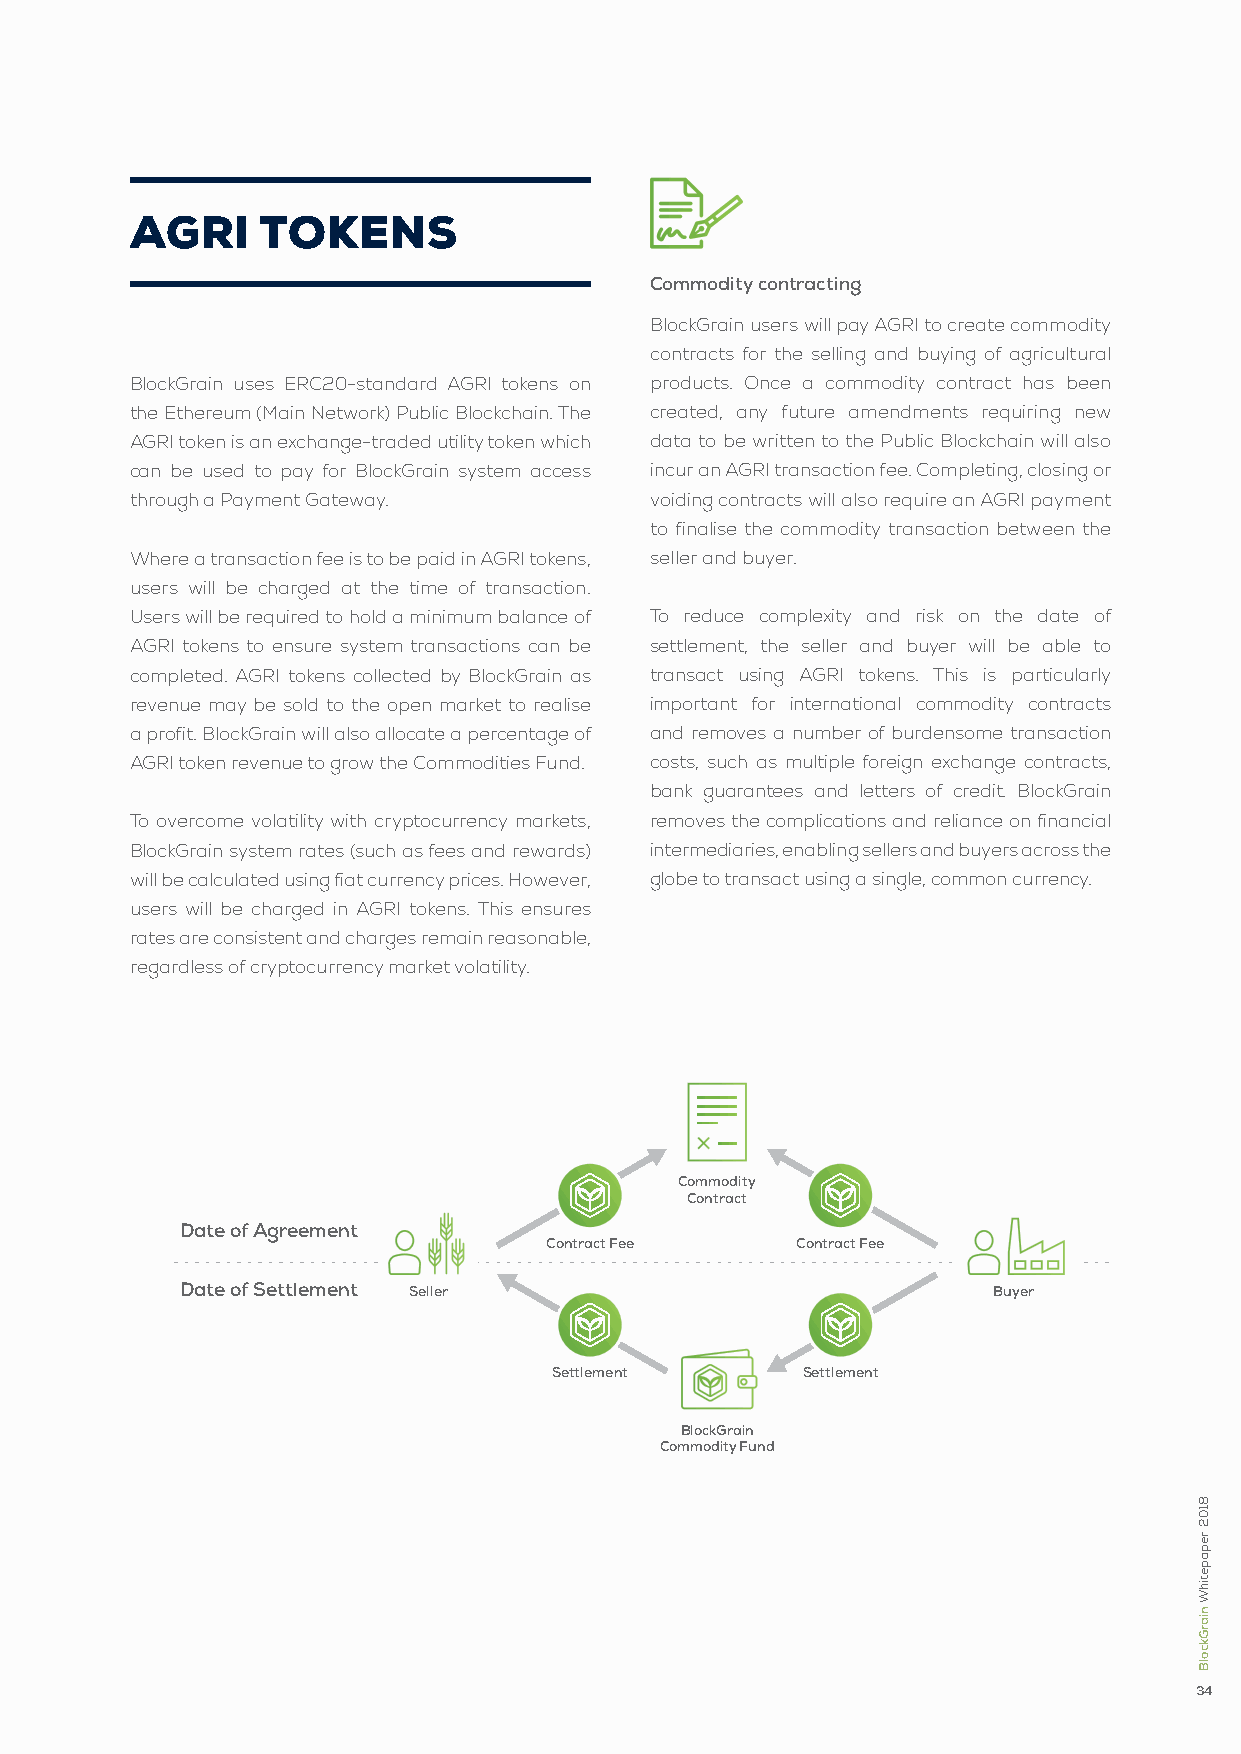
aGrI    tokens
 Commodity contracting
 BlockGrain users will pay AGRI to create commodity
 contracts for the selling and buying of agricultural
 BlockGrain uses ERC20-standard AGRI tokens on products. Once a commodity contract has been
 the Ethereum (Main Network) Public Blockchain. The created, any future amendments requiring new
 AGRI token is an exchange-traded utility token which data to be written to the Public Blockchain will also
 can be used to pay for BlockGrain system access incur an AGRI transaction fee. Completing, closing or
 through a Payment Gateway.        voiding contracts will also require an AGRI payment
 to finalise the commodity transaction between the
 Where a transaction fee is to be paid in AGRI tokens, seller and buyer.
 users will be charged at the time of transaction.
 Users will be required to hold a minimum balance of To reduce complexity and risk on the date of
 AGRI tokens to ensure system transactions can be settlement, the seller and buyer will be able to
 completed. AGRI tokens collected by BlockGrain as transact using AGRI tokens. This is particularly
 revenue may be sold to the open market to realise important for international commodity contracts
 a profit. BlockGrain will also allocate a percentage of and removes a number of burdensome transaction
 AGRI token revenue to grow the Commodities Fund. costs, such as multiple foreign exchange contracts,
 bank guarantees and letters of credit. BlockGrain
 To overcome volatility with cryptocurrency markets, removes the complications and reliance on financial
 BlockGrain system rates (such as fees and rewards) intermediaries, enabling sellers and buyers across the
 will be calculated using fiat currency prices. However, globe to transact using a single, common currency.
 users will be charged in AGRI tokens. This ensures
 rates are consistent and charges remain reasonable,
 regardless of cryptocurrency market volatility.
 Commodity
 Contract
 Date of Agreement
 Contract Fee     Contract Fee
 Date of Settlement Seller                             Buyer
 Settlement      Settlement
 BlockGrain
 Commodity Fund
 34
 8102
 repapetihW
 niarGkcolB